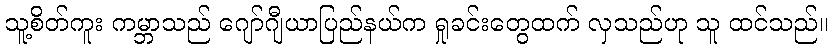
သူ့စိတ်ကူး ကမ္ဘာသည် ဂျော်ဂျီယာပြည်နယ်က ရှုခင်းတွေထက် လှသည်ဟု သူ ထင်သည်။